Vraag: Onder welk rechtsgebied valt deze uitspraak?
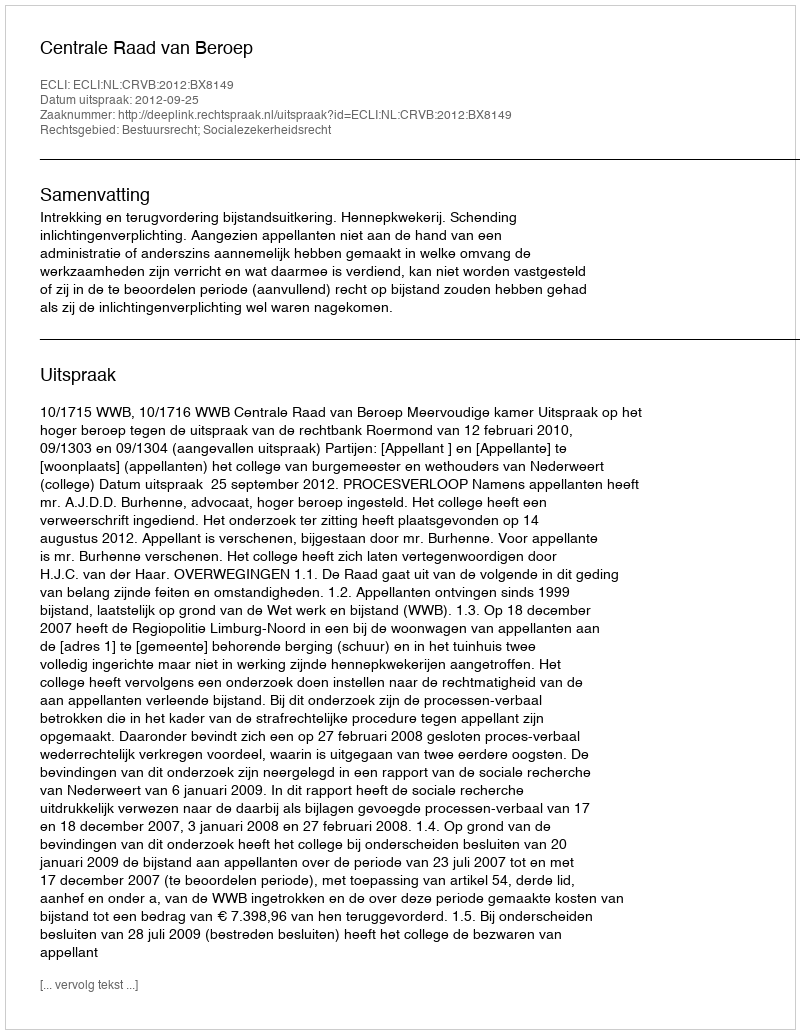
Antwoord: Bestuursrecht; Socialezekerheidsrecht